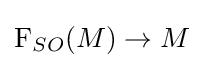
\mathrm {F} _{SO}(M)\to M